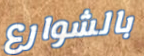
بالشوارع